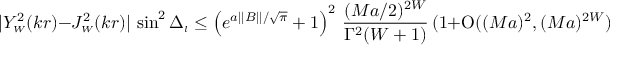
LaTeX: | Y _ { \scriptscriptstyle { W } } ^ { 2 } ( k r ) - J _ { \scriptscriptstyle { W } } ^ { 2 } ( k r ) | \, \sin ^ { 2 } \Delta _ { \scriptscriptstyle { l } } \leq \left( e ^ { a | | B | | / \sqrt \pi } + 1 \right) ^ { 2 } \, \frac { ( M a / 2 ) ^ { 2 W } } { \Gamma ^ { 2 } ( W + 1 ) } \, ( 1 + \mathrm { O } ( ( M a ) ^ { 2 } , ( M a ) ^ { 2 W } ) ) \, ,